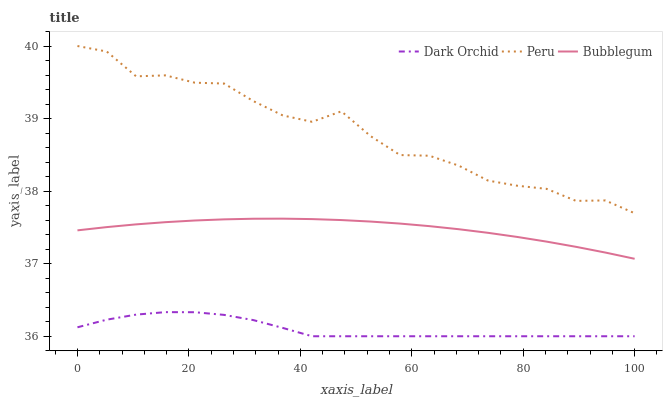
| xaxis_label | Dark Orchid | Peru | Bubblegum |
 | --- | --- | --- | --- |
 | 0 | 36.1 | 40 | 37.5 |
 | 5.26 | 36.2 | 39.9 | 37.5 |
 | 10.5 | 36.3 | 39.6 | 37.5 |
 | 15.8 | 36.3 | 39.6 | 37.6 |
 | 21.1 | 36.3 | 39.5 | 37.6 |
 | 26.3 | 36.3 | 39.5 | 37.6 |
 | 31.6 | 36.2 | 39.2 | 37.6 |
 | 36.8 | 36.1 | 39 | 37.6 |
 | 42.1 | 36 | 39 | 37.6 |
 | 47.4 | 36 | 39.1 | 37.6 |
 | 52.6 | 36 | 38.8 | 37.6 |
 | 57.9 | 36 | 38.5 | 37.6 |
 | 63.2 | 36 | 38.5 | 37.5 |
 | 68.4 | 36 | 38.4 | 37.5 |
 | 73.7 | 36 | 38.1 | 37.4 |
 | 78.9 | 36 | 38.1 | 37.4 |
 | 84.2 | 36 | 38 | 37.3 |
 | 89.5 | 36 | 37.9 | 37.2 |
 | 94.7 | 36 | 37.9 | 37.2 |
 | 100 | 36 | 37.7 | 37.1 |